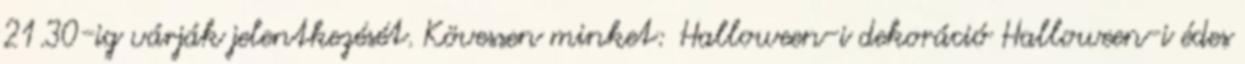
21.30-ig várják jelentkezését. Kövessen minket: Halloween-i dekoráció Halloween-i édes